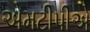
એમટીપીએ